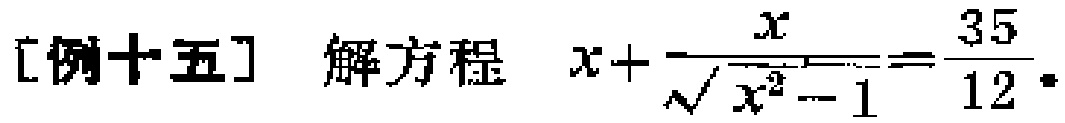
[例十五] 解方程 \(x+\frac{x}{\sqrt{x^{2}-1}}=\frac{35}{12}\)。